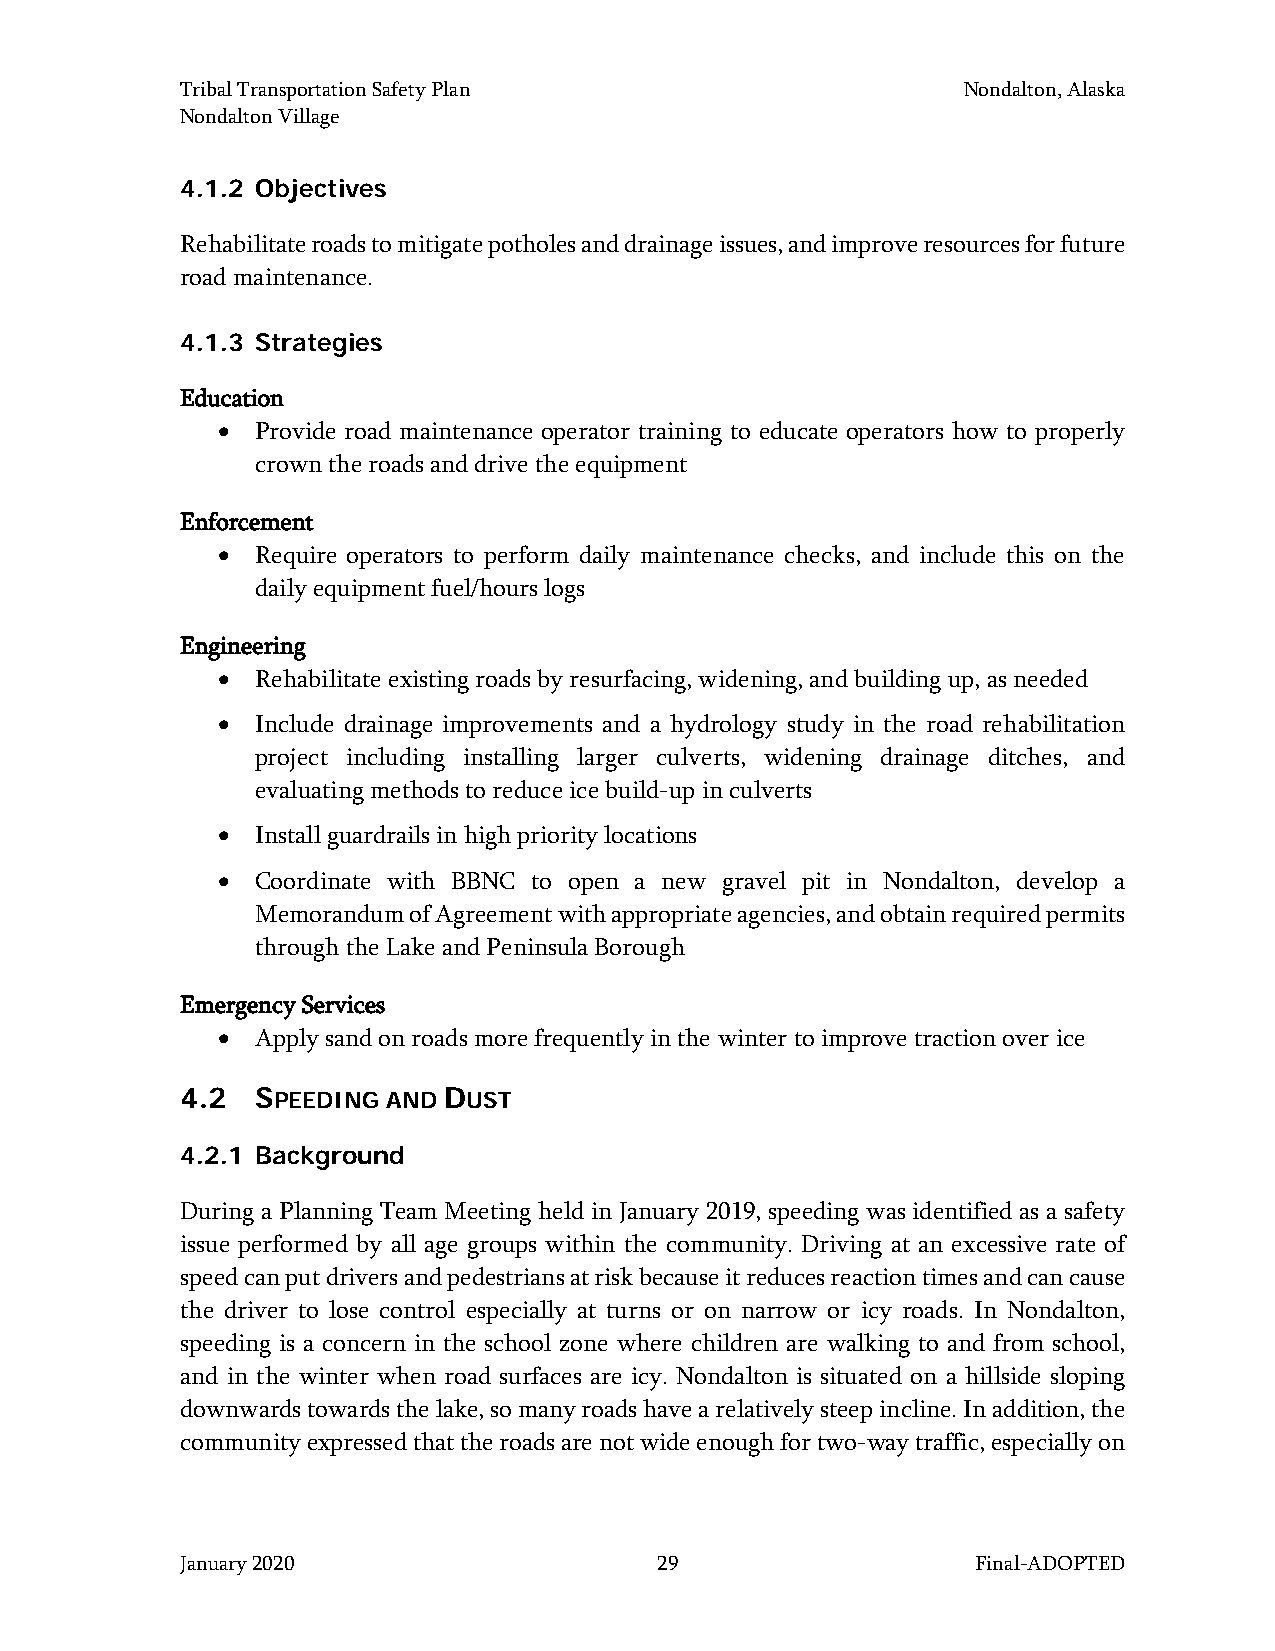
Tribal Transportation Safety Plan                   Nondalton, Alaska
 Nondalton Village
 4.1.2 Objectives
 Rehabilitate roads to mitigate potholes and drainage issues, and improve resources for future
 road maintenance.
 4.1.3 Strategies
 Education
 •  Provide road maintenance operator training to educate operators how to properly
 crown the roads and drive the equipment
 Enforcement
 •  Require operators to perform daily maintenance checks, and include this on the
 daily equipment fuel/hours logs
 Engineering
 •  Rehabilitate existing roads by resurfacing, widening, and building up, as needed
 •  Include drainage improvements and a hydrology study in the road rehabilitation
 project including installing larger culverts, widening drainage ditches, and
 evaluating methods to reduce ice build-up in culverts
 •  Install guardrails in high priority locations
 •  Coordinate with BBNC to open a new gravel pit in Nondalton, develop a
 Memorandum of Agreement with appropriate agencies, and obtain required permits
 through the Lake and Peninsula Borough
 Emergency Services
 •  Apply sand on roads more frequently in the winter to improve traction over ice
 4.2  SPEEDING AND DUST
 4.2.1 Background
 During a Planning Team Meeting held in January 2019, speeding was identified as a safety
 issue performed by all age groups within the community. Driving at an excessive rate of
 speed can put drivers and pedestrians at risk because it reduces reaction times and can cause
 the driver to lose control especially at turns or on narrow or icy roads. In Nondalton,
 speeding is a concern in the school zone where children are walking to and from school,
 and in the winter when road surfaces are icy. Nondalton is situated on a hillside sloping
 downwards towards the lake, so many roads have a relatively steep incline. In addition, the
 community expressed that the roads are not wide enough for two-way traffic, especially on
 January 2020                    29                   Final-ADOPTED